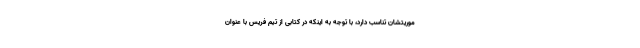
موریتشان تناسب دارد، با توجه به اینکه در کتابی از تیم فریس با عنوان